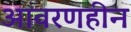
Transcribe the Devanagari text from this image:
आवरणहीन